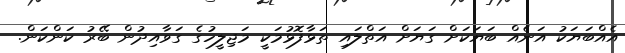
އެއްބަޔަކު އަނެއް ބަޔަކަށް ގަޔަށް އަތްލައި ތަޅާފޮޅުމަކީ މަޖިލީހުގެ ގަވާއިދުން ބޭރު ކަންކަން.